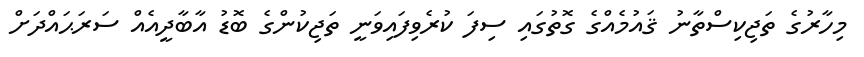
މިހާރުގެ ތަޖިކިސްތާނު ޤައުމެއްގެ ގޮތުގައި ސިފަ ކުރެވިފައިވަނީ ތަޖިކުންގެ ބޮޑު އާބާދީއެއް ސަރަޙައްދަށް